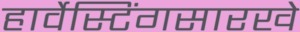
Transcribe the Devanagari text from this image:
हार्वेस्टिंगसारखे